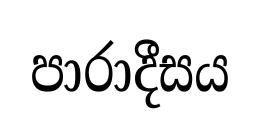
පාරාදීසය